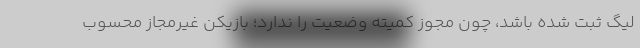
لیگ ثبت شده باشد، چون مجوز کمیته وضعیت را ندارد؛ بازیکن غیرمجاز محسوب